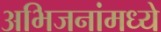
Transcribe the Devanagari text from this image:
अभिजनांमध्ये